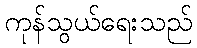
ကုန်သွယ်ရေးသည်